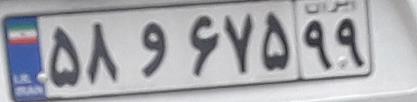
۵۸و۶۷۵۹۹